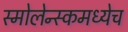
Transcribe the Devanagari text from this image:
स्मोलेन्स्कमध्येच